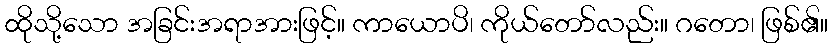
ထိုသို့သော အခြင်းအရာအားဖြင့်။ ကာယောပိ၊ ကိုယ်တော်လည်း။ ဂတော၊ ဖြစ်၏။